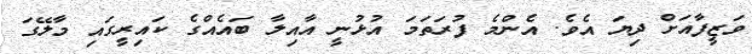
ވަޒީފާއަށް ދިޔަ އެވެ. އެންމެ ފުރަތަމަ އުޅުނީ އާއިލާ ބައެއްގެ ކައިރީގައި މާލޭގަ